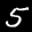
Label: 5